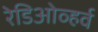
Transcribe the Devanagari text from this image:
रेडिओव्हर्व